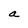
Character: a